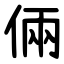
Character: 倆